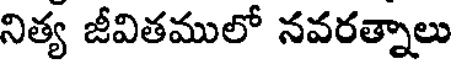
నిత్య జీవితములో నవరత్నాలు